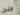
النيل